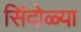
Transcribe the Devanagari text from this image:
सिंदोळ्या